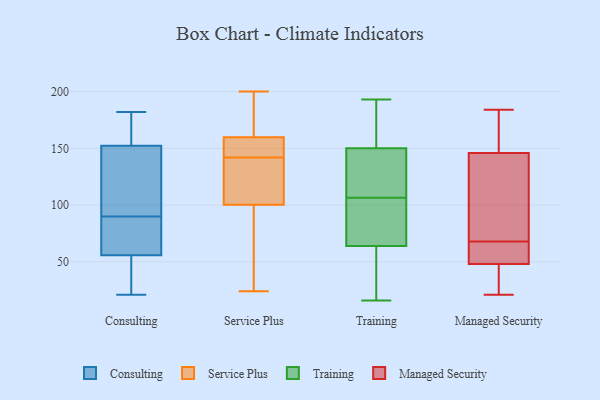
{"axis": {"x": "Operating Costs (USD K)", "y": "Value"}, "legend": ["Consulting", "Managed Security", "Service Plus", "Training"], "data": [{"x": "", "y": 126, "type": "Consulting"}, {"x": "", "y": 98, "type": "Consulting"}, {"x": "", "y": 81, "type": "Consulting"}, {"x": "", "y": 129, "type": "Consulting"}, {"x": "", "y": 165, "type": "Consulting"}, {"x": "", "y": 73, "type": "Consulting"}, {"x": "", "y": 74, "type": "Consulting"}, {"x": "", "y": 25, "type": "Consulting"}, {"x": "", "y": 21, "type": "Consulting"}, {"x": "", "y": 50, "type": "Consulting"}, {"x": "", "y": 174, "type": "Consulting"}, {"x": "", "y": 160, "type": "Consulting"}, {"x": "", "y": 90, "type": "Consulting"}, {"x": "", "y": 182, "type": "Consulting"}, {"x": "", "y": 26, "type": "Consulting"}, {"x": "", "y": 24, "type": "Service Plus"}, {"x": "", "y": 31, "type": "Service Plus"}, {"x": "", "y": 188, "type": "Service Plus"}, {"x": "", "y": 62, "type": "Service Plus"}, {"x": "", "y": 179, "type": "Service Plus"}, {"x": "", "y": 147, "type": "Service Plus"}, {"x": "", "y": 104, "type": "Service Plus"}, {"x": "", "y": 153, "type": "Service Plus"}, {"x": "", "y": 28, "type": "Service Plus"}, {"x": "", "y": 117, "type": "Service Plus"}, {"x": "", "y": 147, "type": "Service Plus"}, {"x": "", "y": 162, "type": "Service Plus"}, {"x": "", "y": 99, "type": "Service Plus"}, {"x": "", "y": 109, "type": "Service Plus"}, {"x": "", "y": 200, "type": "Service Plus"}, {"x": "", "y": 177, "type": "Service Plus"}, {"x": "", "y": 116, "type": "Service Plus"}, {"x": "", "y": 146, "type": "Service Plus"}, {"x": "", "y": 142, "type": "Service Plus"}, {"x": "", "y": 191, "type": "Training"}, {"x": "", "y": 64, "type": "Training"}, {"x": "", "y": 108, "type": "Training"}, {"x": "", "y": 150, "type": "Training"}, {"x": "", "y": 56, "type": "Training"}, {"x": "", "y": 162, "type": "Training"}, {"x": "", "y": 193, "type": "Training"}, {"x": "", "y": 83, "type": "Training"}, {"x": "", "y": 105, "type": "Training"}, {"x": "", "y": 27, "type": "Training"}, {"x": "", "y": 115, "type": "Training"}, {"x": "", "y": 16, "type": "Training"}, {"x": "", "y": 75, "type": "Training"}, {"x": "", "y": 31, "type": "Training"}, {"x": "", "y": 138, "type": "Training"}, {"x": "", "y": 95, "type": "Training"}, {"x": "", "y": 119, "type": "Training"}, {"x": "", "y": 177, "type": "Training"}, {"x": "", "y": 136, "type": "Managed Security"}, {"x": "", "y": 56, "type": "Managed Security"}, {"x": "", "y": 172, "type": "Managed Security"}, {"x": "", "y": 37, "type": "Managed Security"}, {"x": "", "y": 52, "type": "Managed Security"}, {"x": "", "y": 121, "type": "Managed Security"}, {"x": "", "y": 55, "type": "Managed Security"}, {"x": "", "y": 156, "type": "Managed Security"}, {"x": "", "y": 21, "type": "Managed Security"}, {"x": "", "y": 44, "type": "Managed Security"}, {"x": "", "y": 80, "type": "Managed Security"}, {"x": "", "y": 184, "type": "Managed Security"}]}